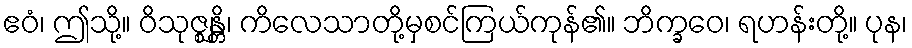
ဧဝံ၊ ဤသို့။ ဝိသုဇ္ဈန္တိ၊ ကိလေသာတို့မှစင်ကြယ်ကုန်၏။ ဘိက္ခဝေ၊ ရဟန်းတို့။ ပုန၊